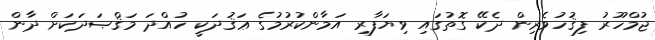
ޖުމްހޫރު ފިޤުހުވެރިން ދެކޭ ގޮތުގައި ވިޔަފާރި އަމާންކުރުމުގެ ޢަޤުދަކީ ހުއްދަ މަޤްޞަދަކަށް ދާން